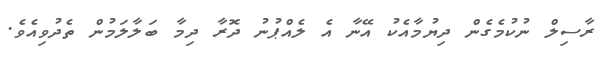
ރާސިލް ނުކުމެގެން ދިޔުމާއެކު އޭނާ އެ ލެއްޕުނު ދޮރާ ދިމާ ބަލާލަމުން ތެދުވިއެވެ.